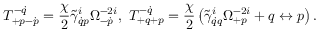
T _ { + p - \dot { p } } ^ { - \dot { q } } = \frac { \chi } { 2 } \tilde { \gamma } _ { \dot { q } p } ^ { i } \Omega _ { - \dot { p } } ^ { - 2 i } , \ T _ { + q + p } ^ { - \dot { q } } = \frac { \chi } { 2 } \left( \tilde { \gamma } _ { \dot { q } q } ^ { i } \Omega _ { + p } ^ { - 2 i } + q \leftrightarrow p \right) .